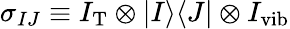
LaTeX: \sigma_{IJ}\equiv I_{\mathrm{T}}\otimes|I\rangle\langle J|\otimes I_{\mathrm{vib}}